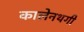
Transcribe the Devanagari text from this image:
कालेनथगी